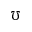
\mho